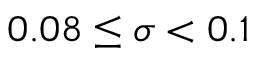
0 . 0 8 \leq \sigma < 0 . 1